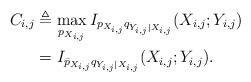
LaTeX: \begin{align*} C_{i,j}& \triangleq \max_{p_{X_{i,j}}}I_{p_{X_{i,j}} q_{Y_{i,j}|X_{i,j}}}(X_{i,j};Y_{i,j}) \ \\ &= I_{ \bar p_{X_{i,j}} q_{Y_{i,j}|X_{i,j}}}(X_{i,j};Y_{i,j}). \end{align*}